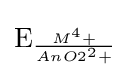
{{\mathit {\mathrm {E} }}{\vphantom {A}}_{\smash[{t}]{\frac {M^{4}+}{AnO2^{2}+}}}}